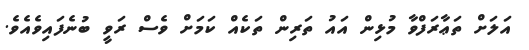
އަލަށް ތަޢާރަފްވާ މުޅިން އައު ތަރިން ތަކެއް ކަމަށް ވެސް ރަވީ ބުނެފައިވެއެވެ.